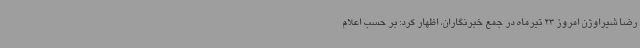
رضا شیراوژن امروز 23 تیرماه در جمع خبرنگاران، اظهار کرد: بر حسب اعلام